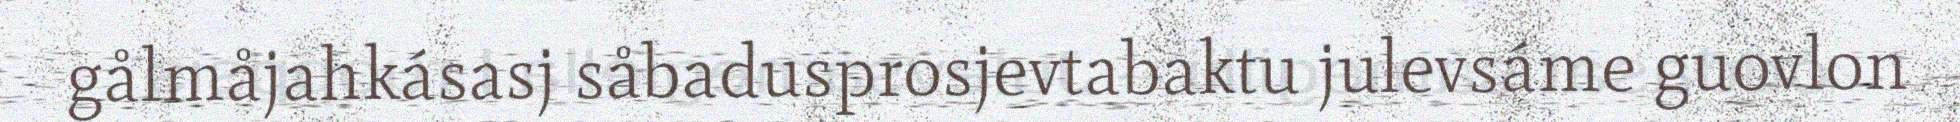
gålmåjahkásasj såbadusprosjevtabaktu julevsáme guovlon